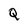
Character: Q